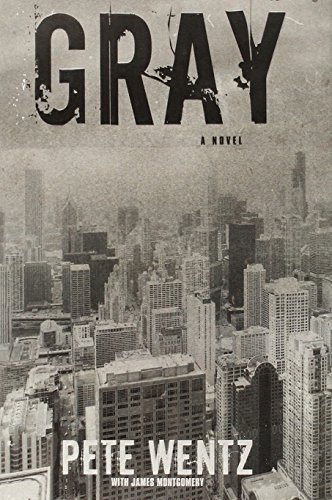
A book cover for Gray; Pete Wentz; Literature & Fiction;